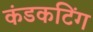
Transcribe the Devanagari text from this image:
कंडकटिंग